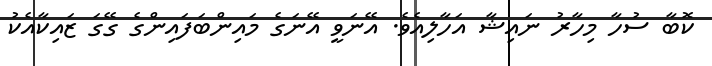
ކޮބާ ސުހާ މިހާރު ނައިޝާ އަހާލިއެވެ. އޭނަވީީ އޭނަގެ މައިންބަފައިންގެ ގޭގަ ޒައިކާއެކު